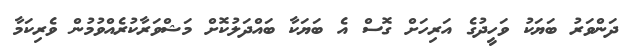
ދަންވަރު ބަޔަކު ވަހީދުގެ އަރިހަށް ގޮސް އެ ބަޔަކާ ބައްދަލުކޮށް މަޝްވަރާކުރެއްވުމުން ވެރިކަމާ